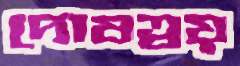
দোষত্রয়